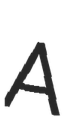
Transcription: A